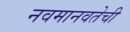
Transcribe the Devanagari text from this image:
नवमानवतेची